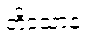
တိဒသာနံ